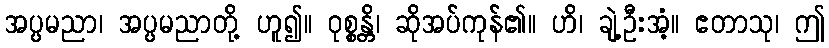
အပ္ပမညာ၊ အပ္ပမညာတို့ ဟူ၍။ ဝုစ္စန္တိ၊ ဆိုအပ်ကုန်၏။ ဟိ၊ ချဲ့ဦးအံ့။ ဧတာသု၊ ဤ